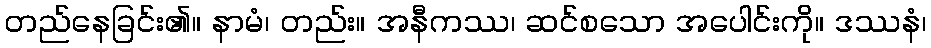
တည်နေခြင်း၏။ နာမံ၊ တည်း။ အနီကဿ၊ ဆင်စသော အပေါင်းကို။ ဒဿနံ၊